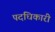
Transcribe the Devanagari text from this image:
पदधिकारी